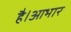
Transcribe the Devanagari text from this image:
है।आभार